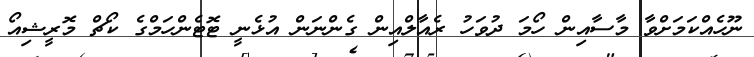
ނޫހެއްކަމަށްވާ މާސާއިން ހޯމަ ދުވަހު ރެއާލްއިން ގެންނަން އުޅެނީ ޓޮޓެންހަމްގެ ކޯޗް މޮރީޝިއޯ